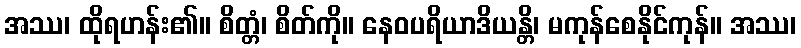
အဿ၊ ထိုရဟန်း၏။ စိတ္တံ၊ စိတ်ကို။ နေဝပရိယာဒိယန္တိ၊ မကုန်စေနိုင်ကုန်။ အဿ၊